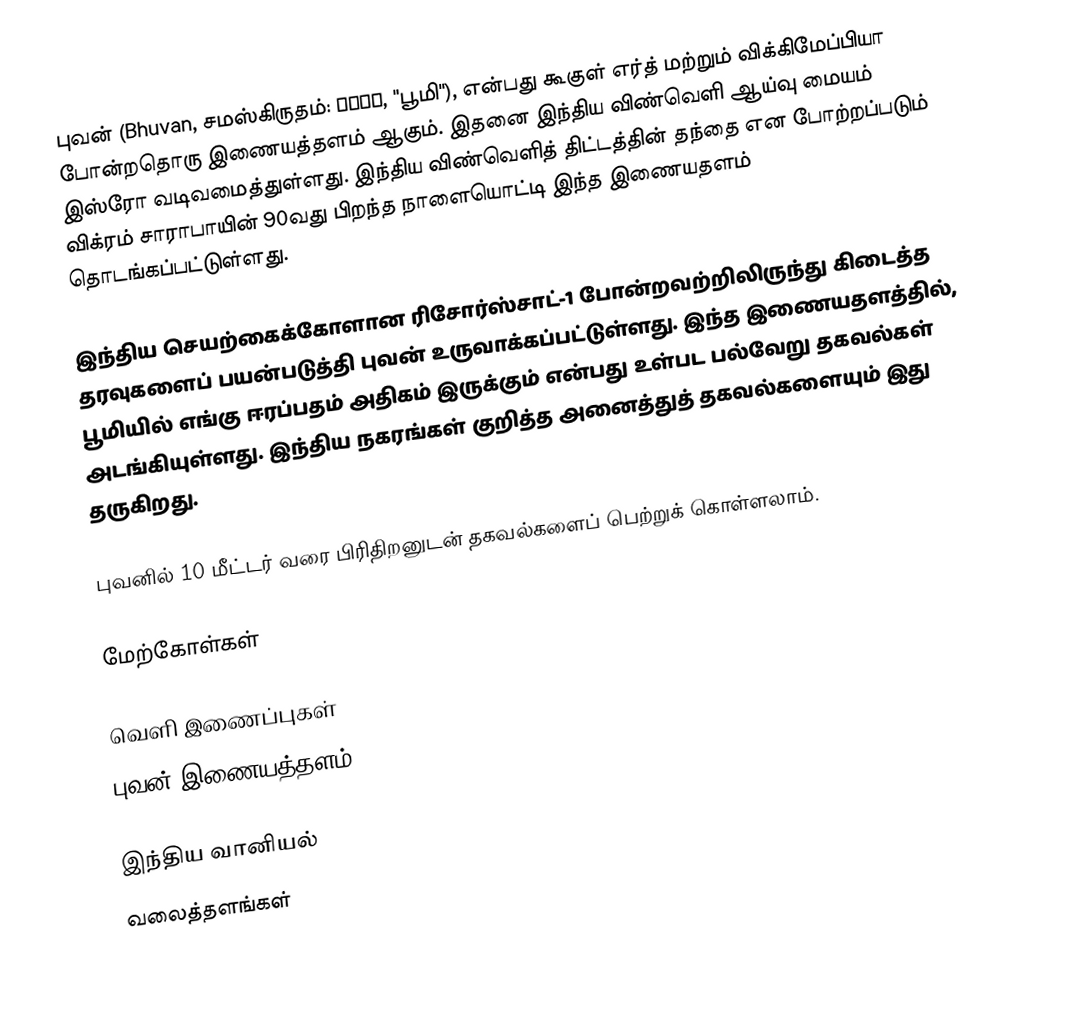
புவன் (Bhuvan, சமஸ்கிருதம்: भुवन, "பூமி"), என்பது கூகுள் எர்த் மற்றும் விக்கிமேப்பியா போன்றதொரு இணையத்தளம் ஆகும். இதனை இந்திய விண்வெளி ஆய்வு மையம் இஸ்ரோ வடிவமைத்துள்ளது. இந்திய விண்வெளித் திட்டத்தின் தந்தை என போற்றப்படும் விக்ரம் சாராபாயின் 90வது பிறந்த நாளையொட்டி இந்த இணையதளம் தொடங்கப்பட்டுள்ளது.

இந்திய செயற்கைக்கோளான ரிசோர்ஸ்சாட்-1 போன்றவற்றிலிருந்து கிடைத்த தரவுகளைப் பயன்படுத்தி புவன் உருவாக்கப்பட்டுள்ளது. இந்த இணையதளத்தில், பூமியில் எங்கு ஈரப்பதம் அதிகம் இருக்கும் என்பது உள்பட பல்வேறு தகவல்கள் அடங்கியுள்ளது. இந்திய நகரங்கள் குறித்த அனைத்துத் தகவல்களையும் இது தருகிறது.

புவனில் 10 மீட்டர் வரை பிரிதிறனுடன் தகவல்களைப் பெற்றுக் கொள்ளலாம்.

மேற்கோள்கள்

வெளி இணைப்புகள்
 புவன் இணையத்தளம்

இந்திய வானியல்
வலைத்தளங்கள்